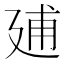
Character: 𢌠